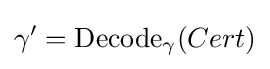
\gamma '={\textrm {Decode}}_{\gamma }(Cert)